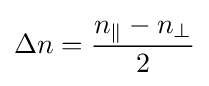
\Delta n={\frac {n_{\parallel }-n_{\perp }}{2}}